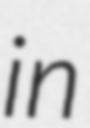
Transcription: in